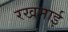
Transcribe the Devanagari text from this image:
रखमाई